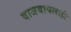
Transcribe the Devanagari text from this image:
वाजवायलाही